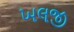
ખલજી